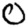
Digit: 0